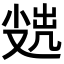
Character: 𡮖